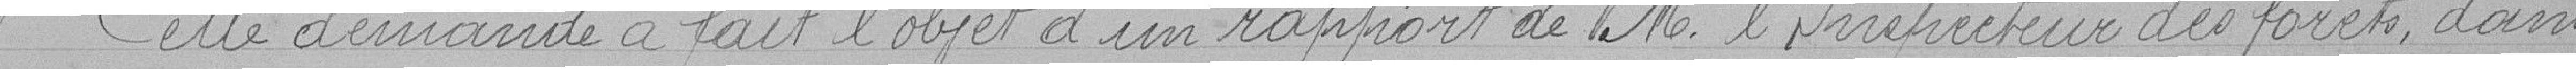
Cette demande a fait l'objet d'un rapport de M. l'Inspecteur des forêts, dans